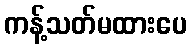
ကန့်သတ်မထားပေ